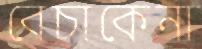
বেচাকেনা